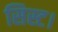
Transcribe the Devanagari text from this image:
सिस्ट।